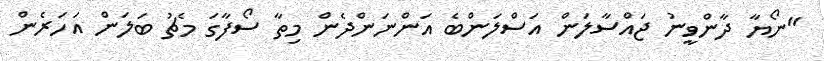
"ނޯޔާ ދާންވީނު ޖައްސާލަން އަސްލަންބެ އަންނަންދެން މިތާ ސޯފާގަ މެޗު ބަލަން އަހަރެން